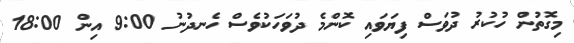
މިގޮތުން ހުކުރު ދުވަސް ފިޔަވައި ކޮންމެ ދުވަހަކުވެސް ހެނދުނު 9:00 އިން 18:00